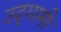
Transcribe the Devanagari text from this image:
उद्‌गामी